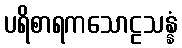
ပရိစာရကသောဠသန္နံ